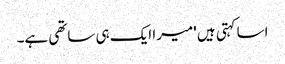
اسا کہتی ہیں 'میرا ایک ہی ساتھی ہے۔